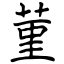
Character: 菫